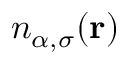
n _ { \alpha , \sigma } ( { \bf r } )